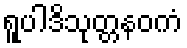
ရူပါဒိသုတ္တနဝကံ